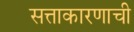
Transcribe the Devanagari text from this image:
सत्ताकारणाची